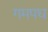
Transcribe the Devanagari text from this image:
गमपध